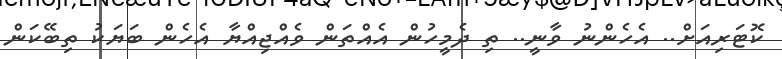
ކޮޓަރިއަށް.. އެހެންނު ވާނީ.. ތި ދެމީހުން އެއްތަން ވެއްޖިއްޔާ އެހެން ބަޔަކު ތިބޭކަން